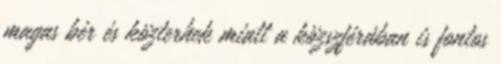
magas bér és közterhek miatt a közszférában is fontos